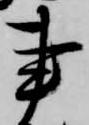
事